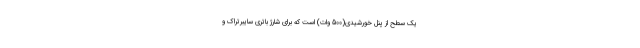
یک سطح از پنل خورشیدی(500 وات) است که برای شارژ باتری سایبرتراک و